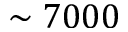
\sim 7 0 0 0